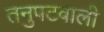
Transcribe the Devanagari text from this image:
तनुपटवाली